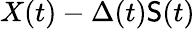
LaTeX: X(t)-\Delta(t)\mathsf{S}(t)